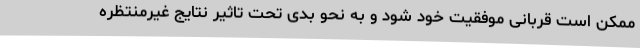
ممکن است قربانی موفقیت خود شود و به نحو بدی تحت تاثیر نتایج غیرمنتظره